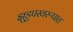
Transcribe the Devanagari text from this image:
झुडुपस्वरूपात